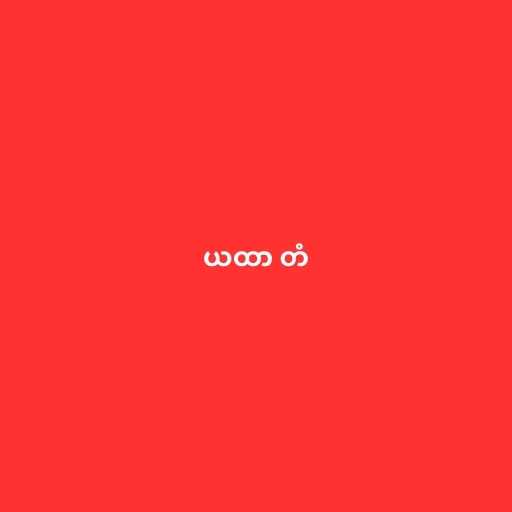
ယထာ တံ